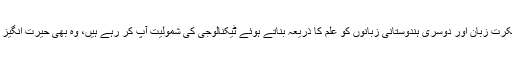
سنسکرت زبان اور دوسری ہندوستانی زبانوں کو علم کا ذریعہ بناتے ہوئے ٹیکنالوجی کی شمولیت آپ کر رہے ہیں، وہ بھی حیرت انگیز ہے۔